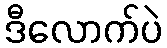
ဒီလောက်ပဲ